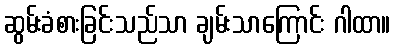
ဆွမ်းခံစားခြင်းသည်သာ ချမ်းသာကြောင်း ဂါထာ။